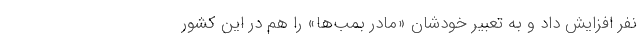
نفر افزايش داد و به تعبير خودشان «مادر بمب‌ها» را هم در اين كشور